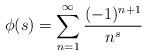
LaTeX: \begin{align*}\phi(s) = \sum_{n=1}^\infty \frac{(-1)^{n+1}}{n^s}\end{align*}